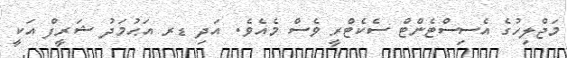
މަޖްލިހުގެ އެސިސްޓެންޓް ސެކެޓްރީ ވެސް މެއެވެ. އަދި ޑރ އަޙުމަދު ޝަރީފް އަކީ